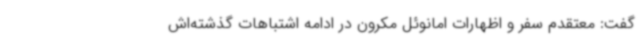
گفت: معتقدم سفر و اظهارات امانوئل مکرون در ادامه اشتباهات گذشته‌اش